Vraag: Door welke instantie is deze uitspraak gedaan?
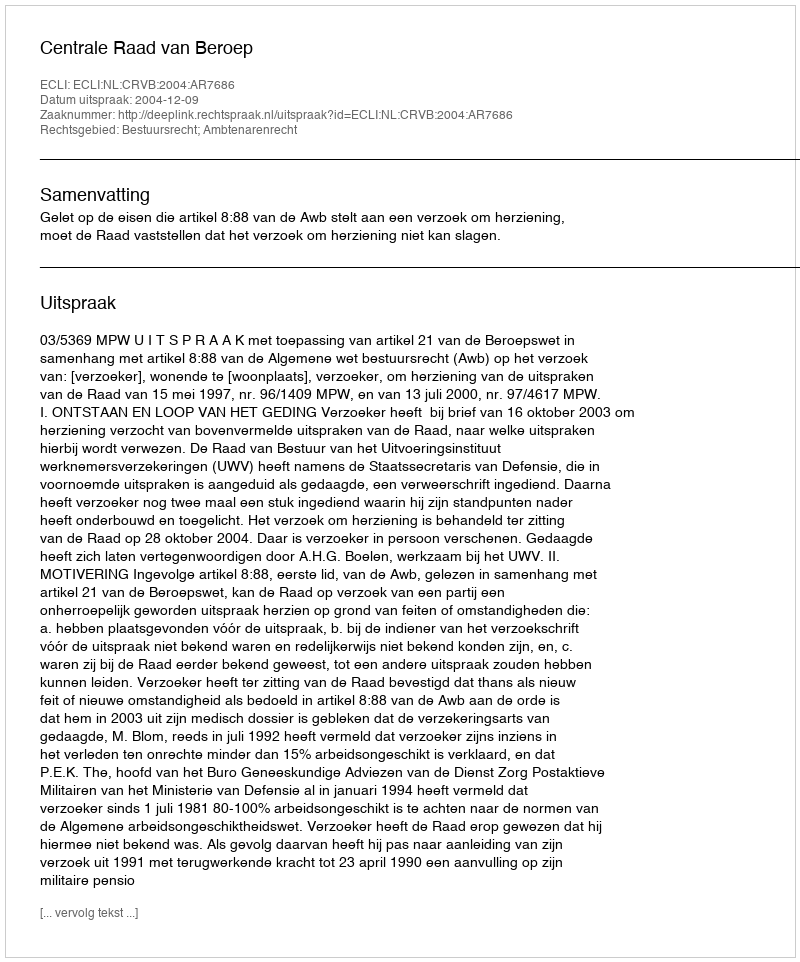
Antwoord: Centrale Raad van Beroep